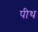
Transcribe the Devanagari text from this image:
पीथ